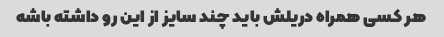
هر کسی همراه دریلش باید چند سایز از این رو داشته باشه